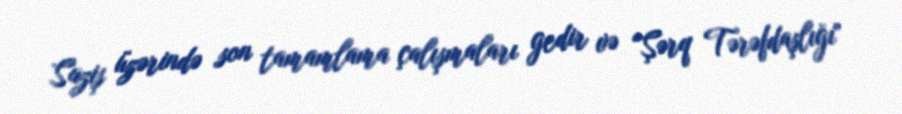
Saziş üzərində son tamamlama çalışmaları gedir və “Şərq Tərəfdaşlığı"